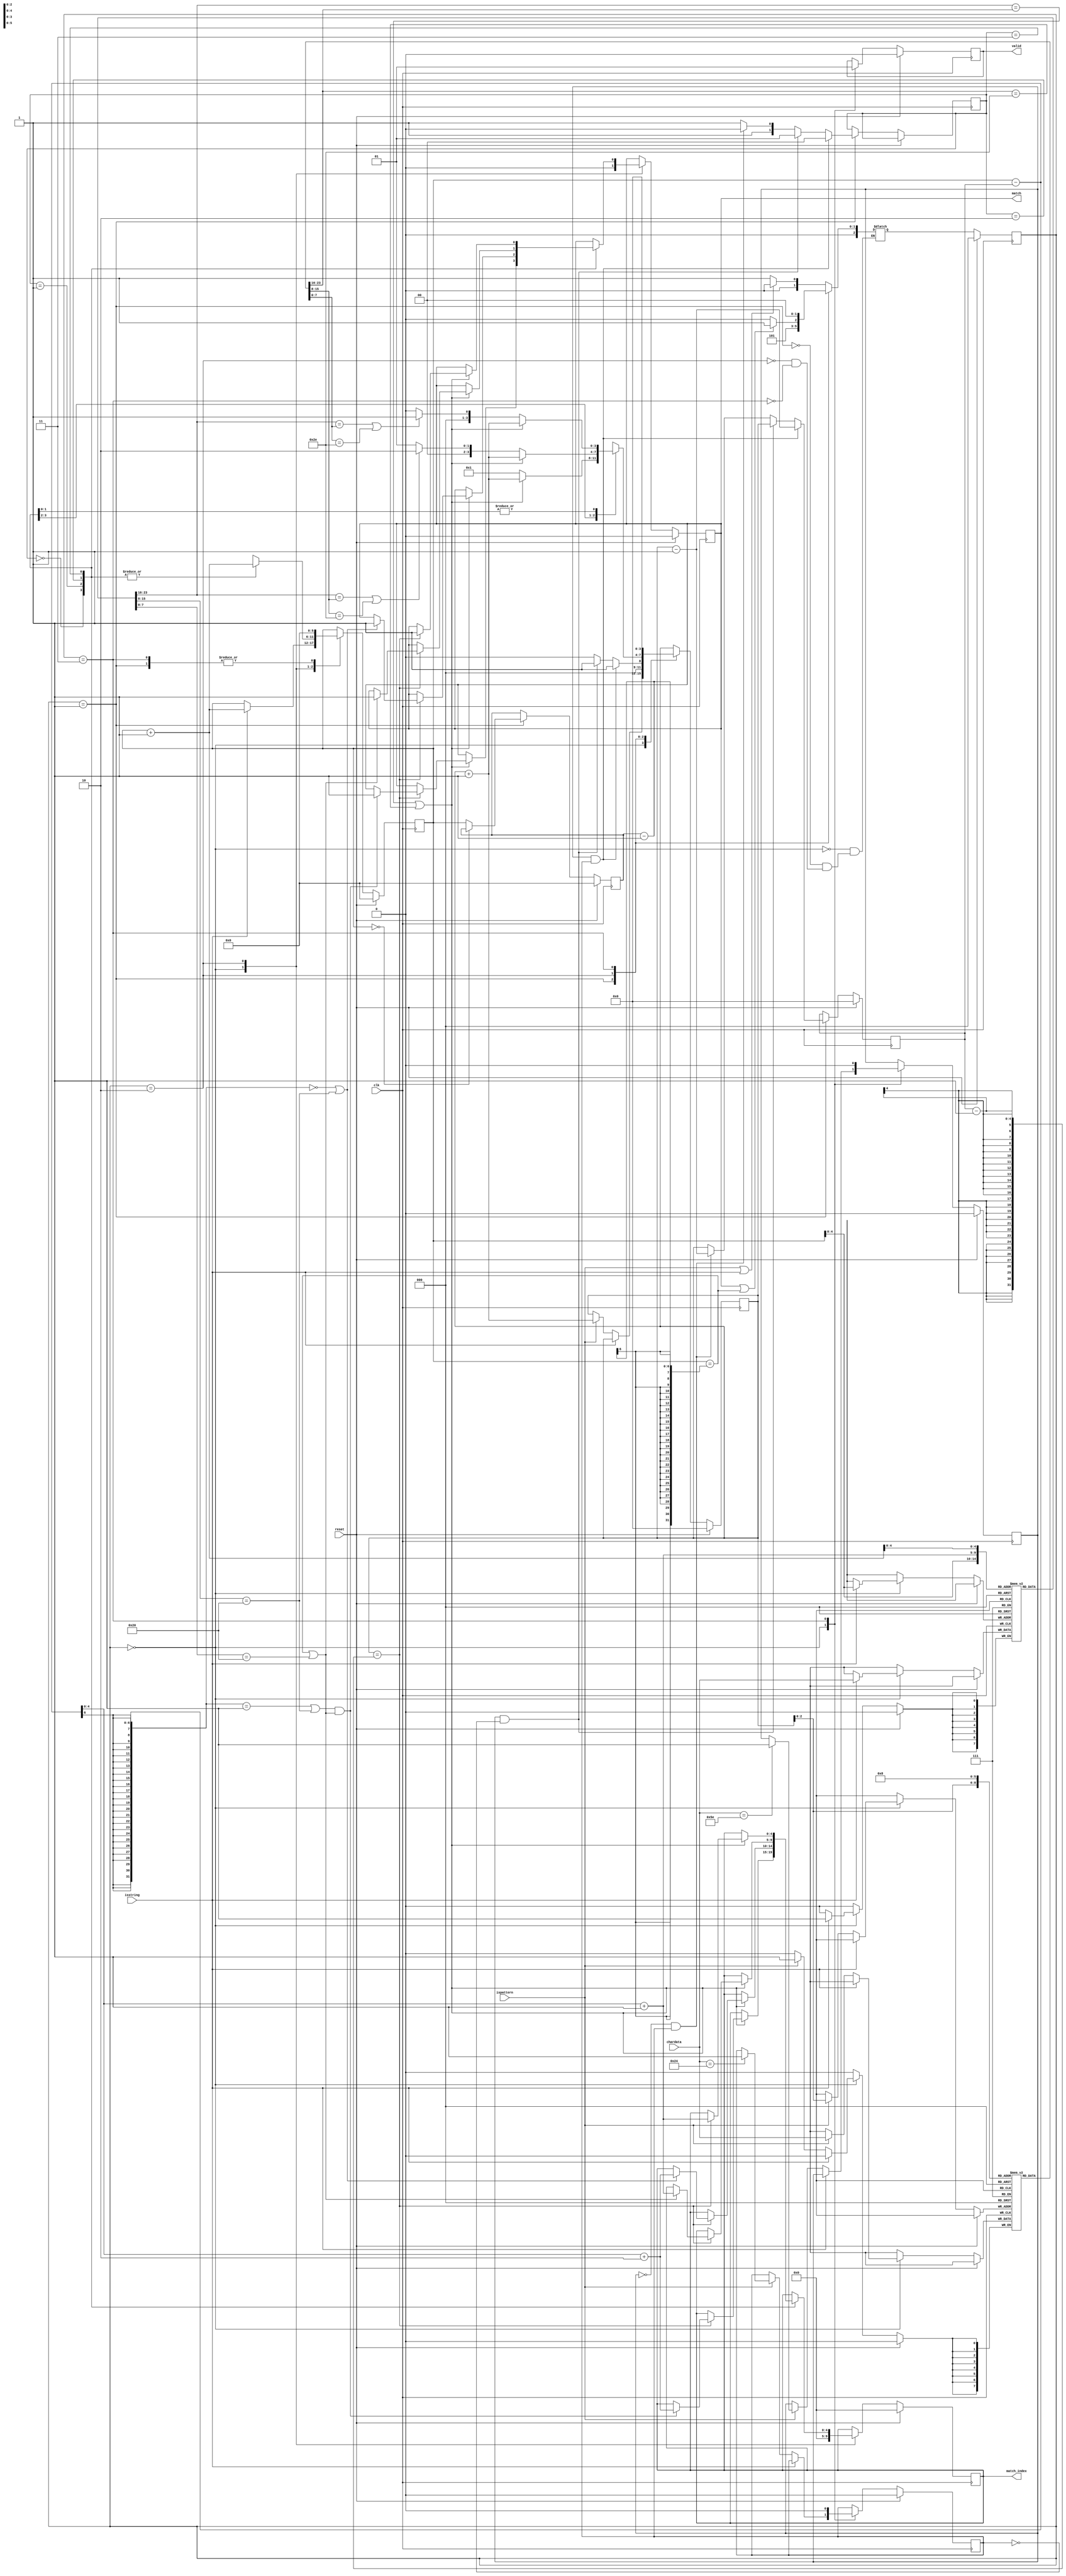
module SME(clk,reset,chardata,isstring,ispattern,valid,match,match_index);

input clk;
input reset;
input [7:0] chardata;
input isstring;
input ispattern;

output reg match;
output reg [4:0] match_index;
output reg valid;

reg [7:0] string [0:31];
reg [7:0] pattern [0:7];
reg [5:0] string_length, string_counter;
reg [3:0] pattern_length, pattern_counter;
reg [2:0] curr_state, next_state;
reg [1:0] compare_mode;
reg begin_flag, end_flag;
reg [3:0] begin_dot, end_dot;
reg [2:0] dot_counter;

parameter INPUT = 3'd0;
parameter STORE_LENGTH = 3'd1; 
parameter COMPARE = 3'd2;
parameter OUTPUT = 3'd3;

parameter BEGIN_END = 2'd0;
parameter BEGIN = 2'd1;
parameter END = 2'd2;
parameter NONE = 2'd3;


always @(posedge clk) begin
    if(reset) begin
        match <= 0;
        match_index <= 5'd0;
        valid <= 0;

        string_length <= 6'd0;
        pattern_length <= 4'd0;
        string_counter <= 6'd0;
        pattern_counter <= 4'd0;
        begin_flag <= 0;
        end_flag <= 0;
        begin_dot <= 4'd0;
        end_dot <= 4'd0;
        dot_counter <= 0;

        curr_state <= INPUT;
    end
    else begin
        curr_state <= next_state;
        case (curr_state)
            INPUT: begin
                match <= 0;
                match_index <= 5'd0;
                valid <= 0;
                
                if(isstring) begin
                    string[string_counter] <= chardata;
                    string_counter <= string_counter + 1;
                end
                else if(ispattern) begin
                    //pattern[pattern_length] <= (chardata == 8'h24 || chardata == 8'h5E) ? 8'h20 : chardata;
                    pattern[pattern_counter] <= chardata;
                    pattern_counter <= pattern_counter + 1;
                    case(chardata)
                        8'h24: end_flag <= 1;
                        8'h5E: begin_flag <= 1;
                    endcase
                end
            end
            STORE_LENGTH: begin
                if(begin_flag && end_flag) begin
                    pattern_length <= pattern_counter - 4'd1;
                    pattern_counter <= 4'd1;
                    compare_mode <= BEGIN_END;
                end
                else if(begin_flag && !end_flag) begin
                    pattern_length <= pattern_counter;
                    pattern_counter <= 4'd1;
                    compare_mode <= BEGIN;
                end
                else if(!begin_flag && end_flag) begin
                    pattern_length <= pattern_counter - 4'd1;
                    pattern_counter <= 4'd0;
                    compare_mode <= END;
                end
                else begin
                    pattern_length <= pattern_counter;
                    pattern_counter <= 4'd0;
                    compare_mode <= NONE;
                end
                string_length <= (string_counter == 6'd0) ? string_length : string_counter;
                string_counter <= 6'd0;
            end
            COMPARE: begin
                case (compare_mode)
                    BEGIN_END: begin
                        if(string[string_counter] == pattern[pattern_counter] || pattern[pattern_counter] == 8'h2E) begin
                            pattern_counter <= pattern_counter + 4'd1;
                            if(pattern_counter == pattern_length - 1) begin
                                if((string_counter - pattern_length == 1 || string[string_counter - pattern_length + 1] == 8'h20) &&
                                   (string_counter == string_length - 1 || string[string_counter + 1] == 8'h20)) begin
                                    match_index <= string_counter - pattern_length + 2;
                                    match <= 1;   
                                end
                                /*else begin
                                    match <= 0;
                                end*/
                                
                            end                     
                            // else begin
                            //     match <= 0;
                            // end
                        end
                        else begin
                            pattern_counter <= 4'd1;
                        end 
                        string_counter <= string_counter + 1;
                    end
                    BEGIN: begin
                        if(string[string_counter] == pattern[pattern_counter] || pattern[pattern_counter] == 8'h2E) begin
                            pattern_counter <= pattern_counter + 4'd1;
                            if(pattern_counter == pattern_length - 1) begin
                                if(string_counter - pattern_length == 0 || string[string_counter - pattern_length + 1] == 8'h20) begin
                                    match_index <= string_counter - pattern_length + 2;
                                    match <= 1;   
                                end
                                /*else begin
                                    match <= 0;
                                end*/
                                
                            end                     
                            // else begin
                            //     match <= 0;
                            // end
                        end
                        else begin
                            if(string[string_counter] == pattern[1] || pattern[1] == 8'h2E)
                                pattern_counter <= 4'd2;
                            else
                                pattern_counter <= 4'd1;
                        end 
                        string_counter <= string_counter + 1;
                    end
                    END: begin
                        if(string[string_counter] == pattern[pattern_counter] || pattern[pattern_counter] == 8'h2E) begin
                            pattern_counter <= pattern_counter + 4'd1;
                            if(pattern_counter == pattern_length - 1) begin
                                if(string_counter == string_length - 1 || string[string_counter + 1] == 8'h20) begin
                                    match_index <= string_counter - pattern_length + 1;
                                    match <= 1;   
                                end
                                /*else begin
                                    match <= 0;
                                end*/
                                
                            end                     
                            // else begin
                            //     match <= 0;
                            // end
                        end
                        else begin
                            if(string[string_counter] == pattern[0] || pattern[0] == 8'h2E)
                                pattern_counter <= 4'd1;
                            else
                                pattern_counter <= 4'd0;
                        end 
                        string_counter <= string_counter + 1;
                    end
                    NONE: begin
                        if(string[string_counter] == pattern[pattern_counter] || pattern[pattern_counter] == 8'h2E) begin
                            pattern_counter <= pattern_counter + 4'd1;
                            if(pattern_counter == pattern_length - 1) begin
                                match_index <= string_counter - pattern_length + 1;
                                match <= 1;
                            end                     
                            // else begin
                            //     match <= 0;
                            // end
                        end
                        else begin
                            if(string[string_counter] == pattern[0] || pattern[0] == 8'h2E)
                                pattern_counter <= 4'd1;
                            else
                                pattern_counter <= 4'd0;
                        end 
                        string_counter <= string_counter + 1;
                    end
                endcase
            end
            OUTPUT: begin
                valid <= 1;
                
                string_counter <= 6'd0;
                pattern_counter <= 4'd0;
                begin_flag <= 0;
                end_flag <= 0;
            end
        endcase
    end
end

always @(*) begin
    case (curr_state)
        INPUT: begin
            next_state = (ispattern || isstring) ? INPUT : STORE_LENGTH;
        end
        STORE_LENGTH: begin
            next_state = COMPARE;
        end
        COMPARE: begin
            next_state = (match || string_counter == string_length - 1) ? OUTPUT : COMPARE;
        end
        OUTPUT: begin
            next_state = INPUT;
        end
    endcase
end

endmodule